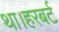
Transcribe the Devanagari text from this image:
था।हरबर्ट